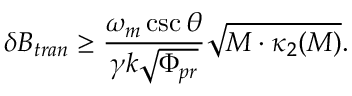
\delta B _ { t r a n } \geq \frac { \omega _ { m } \csc \theta } { \gamma k \sqrt { \Phi _ { p r } } } \sqrt { M \cdot \kappa _ { 2 } ( M ) } .